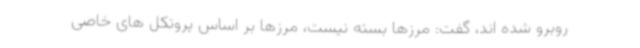
روبرو شده اند، گفت: مرزها بسته نیست، مرزها بر اساس پروتکل های خاصی